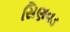
સિણવડ